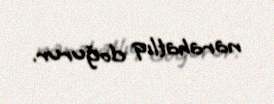
narahatlıq doğurur.